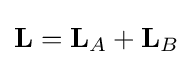
\mathbf {L} =\mathbf {L} _{A}+\mathbf {L} _{B}